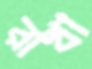
রাখা